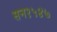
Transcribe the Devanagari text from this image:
सन१५४७